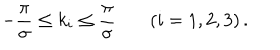
- { \frac { \pi } { \sigma } } \leq k _ { i } \leq { \frac { \pi } { \sigma } } \left( i = 1 , 2 , 3 \right) .